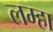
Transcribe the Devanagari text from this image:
लम्हा